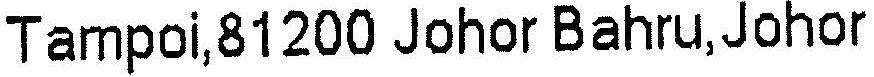
TAMPOI,81200 JOHOR BAHRU, JOHOR